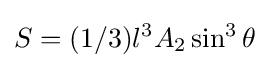
S=(1/3)l^{3}A_{2}\sin ^{3}\theta